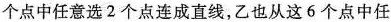
个点中任意选2个点连成直线，乙也从这6个点中任